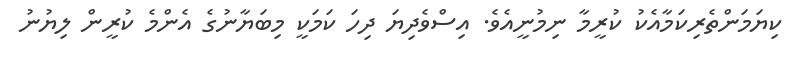
ކިޔަމަންތެރިކަމާއެކު ކުރީމާ ނިމުނީއެވެ. އިސްވެދިޔަ ދިހަ ކަމަކީ މިބަޔާނުގެ އެންމެ ކުރީން ލިޔުނު